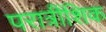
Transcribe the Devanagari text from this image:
परात्रींशिक